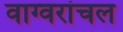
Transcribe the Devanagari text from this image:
वाग्वरांचल